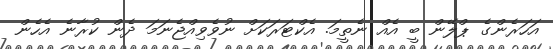
އަހަރެންގެ ޕްލޭން ބީ އެއް ނެތީމަ. އެކްޓަރަކަށް ނުވެވިއްޖެނަމަ ދެން ކުރާނެ އެހެން